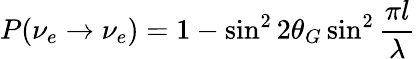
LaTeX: P(\nu_{e}\rightarrow\nu_{e})=1-\sin^{2}2\theta_{G}\sin^{2}\frac{\pi l}{\lambda}